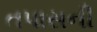
તપાસની